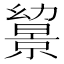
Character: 𢇔